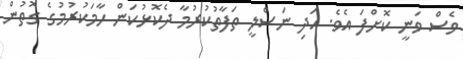
ވެސް ވަނީ ކޮށްފަ އެވެ. އަދި ނަސްލީ ތަފާތުކުރުމާ ދެކޮޅުކަން ހާމަކުރުމުގެ ގޮތުން